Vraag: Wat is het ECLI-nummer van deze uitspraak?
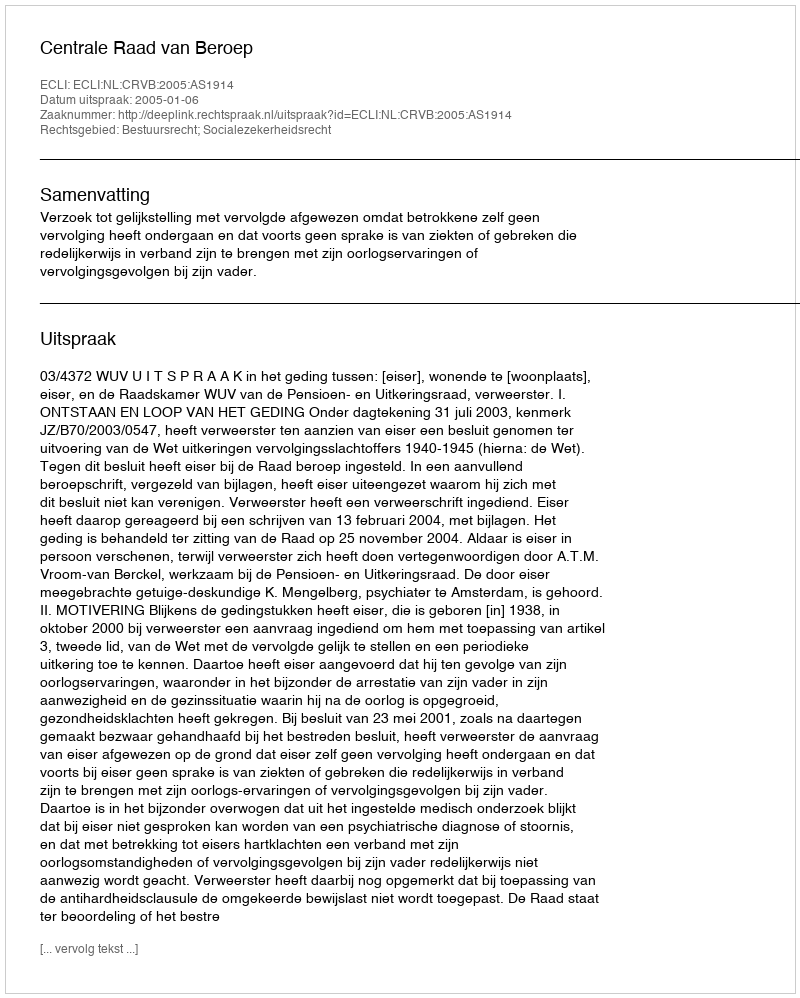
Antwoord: ECLI:NL:CRVB:2005:AS1914